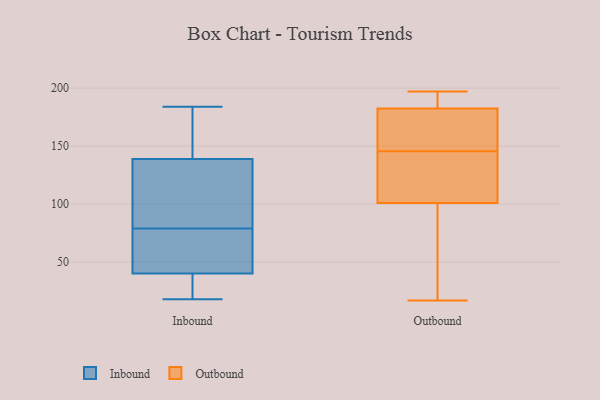
{"axis": {"x": "Page Views", "y": "Value"}, "legend": ["Inbound", "Outbound"], "data": [{"x": "", "y": 79, "type": "Inbound"}, {"x": "", "y": 55, "type": "Inbound"}, {"x": "", "y": 144, "type": "Inbound"}, {"x": "", "y": 85, "type": "Inbound"}, {"x": "", "y": 152, "type": "Inbound"}, {"x": "", "y": 21, "type": "Inbound"}, {"x": "", "y": 93, "type": "Inbound"}, {"x": "", "y": 23, "type": "Inbound"}, {"x": "", "y": 40, "type": "Inbound"}, {"x": "", "y": 62, "type": "Inbound"}, {"x": "", "y": 177, "type": "Inbound"}, {"x": "", "y": 18, "type": "Inbound"}, {"x": "", "y": 109, "type": "Inbound"}, {"x": "", "y": 56, "type": "Inbound"}, {"x": "", "y": 41, "type": "Inbound"}, {"x": "", "y": 184, "type": "Inbound"}, {"x": "", "y": 152, "type": "Inbound"}, {"x": "", "y": 32, "type": "Inbound"}, {"x": "", "y": 124, "type": "Inbound"}, {"x": "", "y": 185, "type": "Outbound"}, {"x": "", "y": 131, "type": "Outbound"}, {"x": "", "y": 100, "type": "Outbound"}, {"x": "", "y": 48, "type": "Outbound"}, {"x": "", "y": 194, "type": "Outbound"}, {"x": "", "y": 172, "type": "Outbound"}, {"x": "", "y": 143, "type": "Outbound"}, {"x": "", "y": 102, "type": "Outbound"}, {"x": "", "y": 197, "type": "Outbound"}, {"x": "", "y": 34, "type": "Outbound"}, {"x": "", "y": 148, "type": "Outbound"}, {"x": "", "y": 180, "type": "Outbound"}, {"x": "", "y": 17, "type": "Outbound"}, {"x": "", "y": 174, "type": "Outbound"}, {"x": "", "y": 131, "type": "Outbound"}, {"x": "", "y": 171, "type": "Outbound"}, {"x": "", "y": 112, "type": "Outbound"}, {"x": "", "y": 197, "type": "Outbound"}, {"x": "", "y": 20, "type": "Outbound"}, {"x": "", "y": 192, "type": "Outbound"}]}